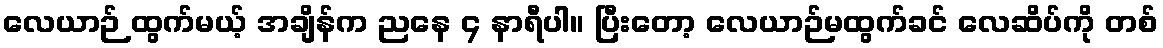
လေယာဉ် ထွက်မယ့် အချိန်က ညနေ ၄ နာရီပါ။ ပြီးတော့ လေယာဉ်မထွက်ခင် လေဆိပ်ကို တစ်